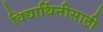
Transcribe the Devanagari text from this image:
विद्यार्थिनीसाठी